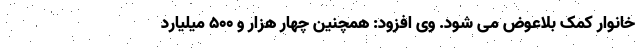
خانوار کمک بلاعوض می شود. وی افزود: همچنین چهار هزار و ۵۰۰ میلیارد